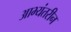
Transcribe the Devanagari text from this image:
आभ्यंतरीन